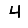
Digit: 4